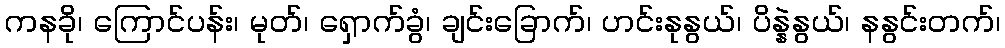
ကနခို၊ ကြောင်ပန်း၊ မုတ်၊ ရှောက်ခွံ၊ ချင်းခြောက်၊ ဟင်းနုနွယ်၊ ပိန္နဲနွယ်၊ နနွင်းတက်၊